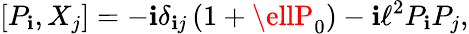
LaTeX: [P_{\mathbf{i}},{X}_{j}]=-\mathbf{i}\delta_{\mathbf{i}j}\left(1+\ellP_{0}\right)-\mathbf{i}\ell^{2}P_{\mathbf{i}}P_{j},